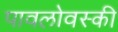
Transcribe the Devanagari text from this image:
पावलोवस्की